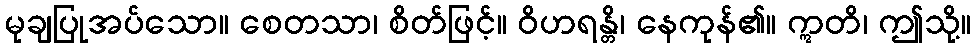
မုချပြုအပ်သော။ စေတသာ၊ စိတ်ဖြင့်။ ဝိဟရန္တိ၊ နေကုန်၏။ ဣတိ၊ ဤသို့။